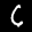
Label: 6